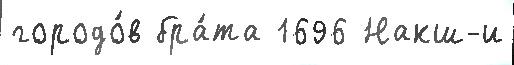
городо́в бра́та 1696 Накш-и